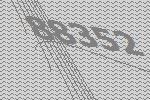
88352